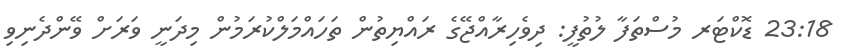
23:18 ޑޮކްޓަރ މުސްތަފާ ލުތުފީ: ދިވެހިރާއްޖޭގެ ރައްޔިތުން ތަހައްމަލްކުރަމުން މިދަނީ ވަރަށް ވޭންދެނިވި